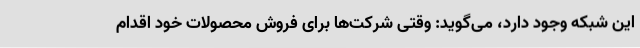
این شبکه وجود دارد، می‌گوید: وقتی شرکت‌ها برای فروش محصولات خود اقدام